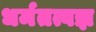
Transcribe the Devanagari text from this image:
धर्मतत्वज्ञ